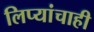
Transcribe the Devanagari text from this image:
लिप्यांचाही